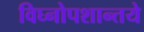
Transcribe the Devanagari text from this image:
विघ्नोपशान्तये